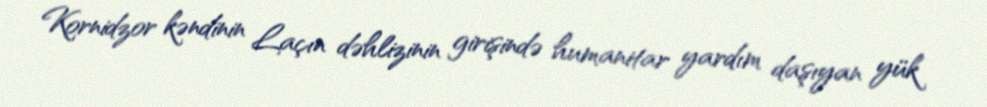
Kornidzor kəndinin Laçın dəhlizinin girişində humanitar yardım daşıyan yük